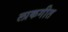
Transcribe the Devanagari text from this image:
लाकगीत